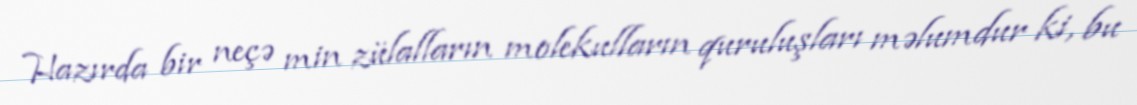
Hazırda bir neçə min zülalların molekulların quruluşları məlumdur ki, bu